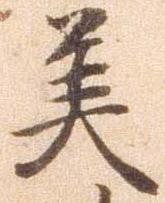
美